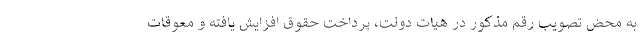
به محض تصویب رقم مذکور در هیات دولت، پرداخت حقوق افزایش یافته و معوقات